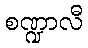
စဏ္ဍာလီ